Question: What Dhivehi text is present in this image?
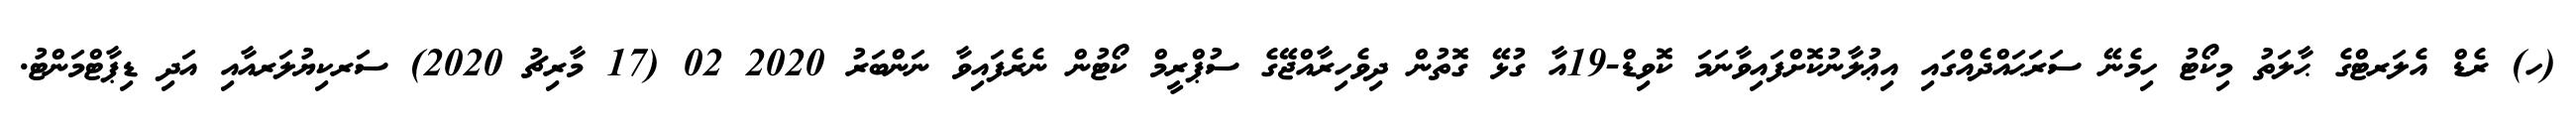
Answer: (ހ) ރެޑް އެލަރޓްގެ ޙާލަތު މިކޯޓު ހިމެނޭ ސަރަޙައްދެއްގައި އިޢުލާނުކޮށްފައިވާނަމަ ކޮވިޑް-19އާ ގުޅޭ ގޮތުން ދިވެހިރާއްޖޭގެ ސުޕްރީމް ކޯޓުން ނެރެފައިވާ ނަންބަރު 2020 02 (17 މާރިޗު 2020) ސަރކިޔުލަރއާއި އަދި ޑިޕާޓްމަންޓު.